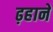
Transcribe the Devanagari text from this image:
ढ़हाने